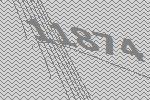
11874